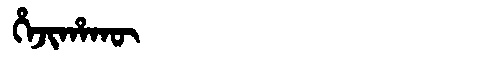
Manchu: ᡥᡝᠵᡳᡥᠠᡴᡡ
Romanization: HEJIHAKŪ